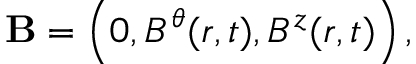
{ \bf { B } } = \left( { 0 , B ^ { \theta } ( r , t ) , B ^ { z } ( r , t ) } \right) ,